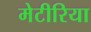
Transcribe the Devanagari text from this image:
मेटीरिया